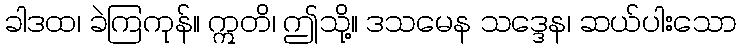
ခါဒထ၊ ခဲကြကုန်။ ဣတိ၊ ဤသို့။ ဒသမေန သဒ္ဒေန၊ ဆယ်ပါးသော